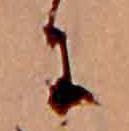
に